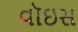
વૉઇસ